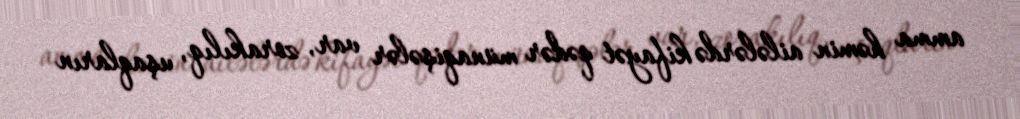
amma həmin ailələrdə kifayət qədər münaqişələr var, zorakılıq, uşaqların